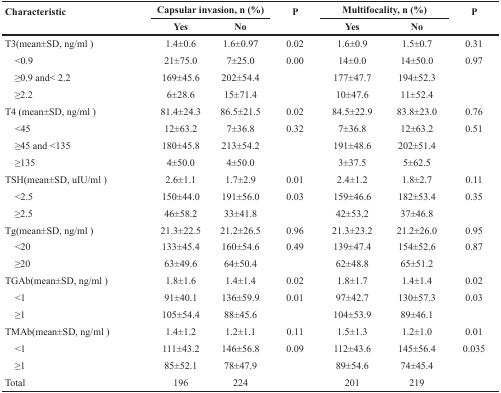
<table><thead><tr><td rowspan="2"><b>Characteristic</b></td><td colspan="2"><b>Capsular invasion, n (%)</b></td><td rowspan="2"><b>P</b></td><td colspan="2"><b>Multifocality, n (%)</b></td><td rowspan="2"><b>P</b></td></tr><tr><td><b>Yes</b></td><td><b>No</b></td><td><b>Yes</b></td><td><b>No</b></td></tr></thead><tbody><tr><td>T3(mean±SD, ng/ml)</td><td>1.4±0.6</td><td>1.6±0.97</td><td>0.02</td><td>1.6±0.9</td><td>1.5±0.7</td><td>0.31</td></tr><tr><td> &lt;0.9</td><td>21±75.0</td><td>7±25.0</td><td>0.00</td><td>14±0.0</td><td>14±50.0</td><td>0.97</td></tr><tr><td> ≥0.9 and&lt; 2.2</td><td>169±45.6</td><td>202±54.4</td><td></td><td>177±47.7</td><td>194±52.3</td><td></td></tr><tr><td> ≥2.2</td><td>6±28.6</td><td>15±71.4</td><td></td><td>10±47.6</td><td>11±52.4</td><td></td></tr><tr><td>T4 (mean±SD, ng/ml)</td><td>81.4±24.3</td><td>86.5±21.5</td><td>0.02</td><td>84.5±22.9</td><td>83.8±23.0</td><td>0.76</td></tr><tr><td> &lt;45</td><td>12±63.2</td><td>7±36.8</td><td>0.32</td><td>7±36.8</td><td>12±63.2</td><td>0.51</td></tr><tr><td> ≥45 and &lt;135</td><td>180±45.8</td><td>213±54.2</td><td></td><td>191±48.6</td><td>202±51.4</td><td></td></tr><tr><td> ≥135</td><td>4±50.0</td><td>4±50.0</td><td></td><td>3±37.5</td><td>5±62.5</td><td></td></tr><tr><td>TSH(mean±SD, uIU/ml)</td><td>2.6±1.1</td><td>1.7±2.9</td><td>0.01</td><td>2.4±1.2</td><td>1.8±2.7</td><td>0.11</td></tr><tr><td> &lt;2.5</td><td>150±44.0</td><td>191±56.0</td><td>0.03</td><td>159±46.6</td><td>182±53.4</td><td>0.35</td></tr><tr><td> ≥2.5</td><td>46±58.2</td><td>33±41.8</td><td></td><td>42±53.2</td><td>37±46.8</td><td></td></tr><tr><td>Tg(mean±SD, ng/ml)</td><td>21.3±22.5</td><td>21.2±26.5</td><td>0.96</td><td>21.3±23.2</td><td>21.2±26.0</td><td>0.95</td></tr><tr><td> &lt;20</td><td>133±45.4</td><td>160±54.6</td><td>0.49</td><td>139±47.4</td><td>154±52.6</td><td>0.87</td></tr><tr><td> ≥20</td><td>63±49.6</td><td>64±50.4</td><td></td><td>62±48.8</td><td>65±51.2</td><td></td></tr><tr><td>TGAb(mean±SD, ng/ml)</td><td>1.8±1.6</td><td>1.4±1.4</td><td>0.02</td><td>1.8±1.7</td><td>1.4±1.4</td><td>0.02</td></tr><tr><td> &lt;1</td><td>91±40.1</td><td>136±59.9</td><td>0.01</td><td>97±42.7</td><td>130±57.3</td><td>0.03</td></tr><tr><td> ≥1</td><td>105±54.4</td><td>88±45.6</td><td></td><td>104±53.9</td><td>89±46.1</td><td></td></tr><tr><td>TMAb(mean±SD, ng/ml)</td><td>1.4±1.2</td><td>1.2±1.1</td><td>0.11</td><td>1.5±1.3</td><td>1.2±1.0</td><td>0.01</td></tr><tr><td> &lt;1</td><td>111±43.2</td><td>146±56.8</td><td>0.09</td><td>112±43.6</td><td>145±56.4</td><td>0.035</td></tr><tr><td> ≥1</td><td>85±52.1</td><td>78±47.9</td><td></td><td>89±54.6</td><td>74±45.4</td><td></td></tr><tr><td>Total</td><td>196</td><td>224</td><td></td><td>201</td><td>219</td><td></td></tr></tbody></table>